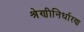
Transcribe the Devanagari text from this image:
श्रेणीनिर्धारण